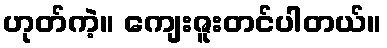
ဟုတ်ကဲ့။ ကျေးဇူးတင်ပါတယ်။